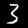
Digit: 3